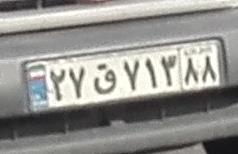
۲۷ق۷۱۳۸۸